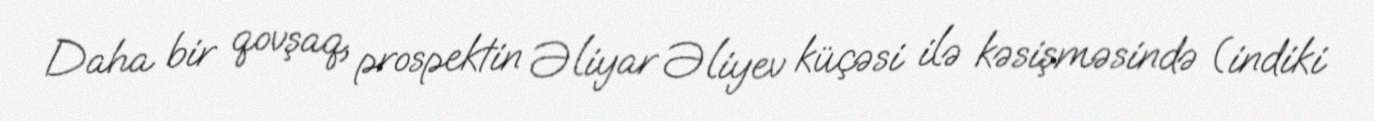
Daha bir qovşaq, prospektin Əliyar Əliyev küçəsi ilə kəsişməsində (indiki